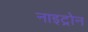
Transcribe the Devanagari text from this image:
नाइट्रोन